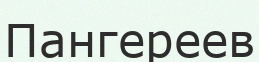
Пангереев